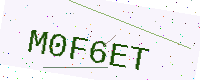
Text: M0F6ET